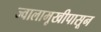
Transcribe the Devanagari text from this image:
ज्वालामूखीपासून